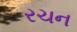
રચન